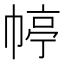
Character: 𭘭